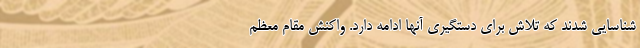
شناسایی شدند که تلاش برای دستگیری آنها ادامه دارد. واکنش مقام معظم